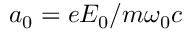
a _ { 0 } = e E _ { 0 } / m \omega _ { 0 } c